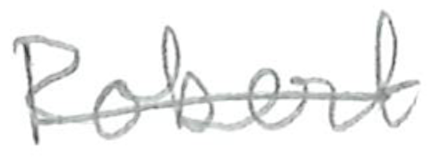
Text: Robert
Cross-out: single-line
Writing tool: pencil